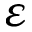
\varepsilon